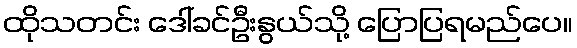
ထိုသတင်း ဒေါ်ခင်ဦးနွယ်သို့ ပြောပြရမည်ပေ။